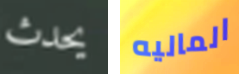
يحدث الماليه